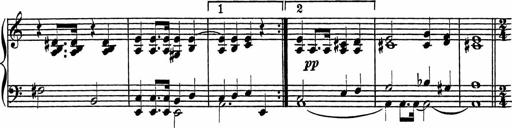
Title: Piano Sonatinas
Composer: Charles Fradel